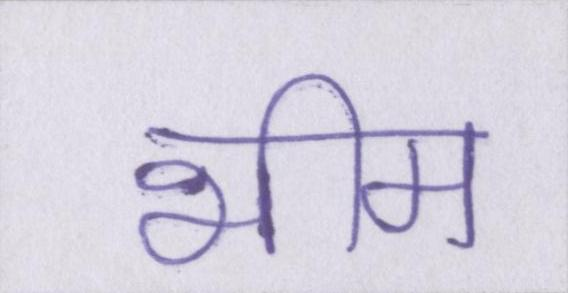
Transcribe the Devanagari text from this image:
भीम